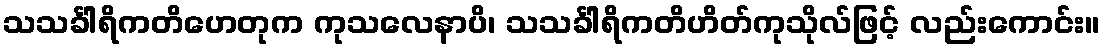
သသင်္ခါရိကတိဟေတုက ကုသလေနာပိ၊ သသင်္ခါရိကတိဟိတ်ကုသိုလ်ဖြင့် လည်းကောင်း။